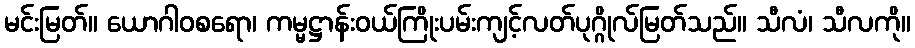
မင်းမြတ်။ ယောဂါဝစရော၊ ကမ္မဋ္ဌာန်းဝယ်ကြိုးပမ်းကျင့်လတ်ပုဂ္ဂိုလ်မြတ်သည်။ သီလံ၊ သီလကို။